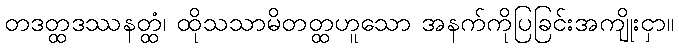
တဒတ္ထဒဿနတ္ထံ၊ ထိုသသာမိတတ္ထဟူသော အနက်ကိုပြခြင်းအကျိုးငှာ။